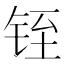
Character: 铚